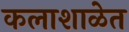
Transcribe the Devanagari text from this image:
कलाशाळेत